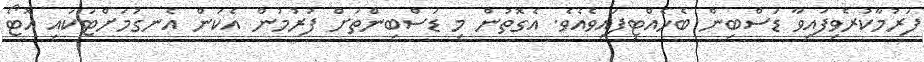
ފަރުމާކުރެވިފައިވާ ޑަސްބިން ބެހެއްޓިފައިވެއެވެ. އެގޮތުން މި ޑަސްބިންތަށް ފުރުމުން އެކަން އެނގުމަށްޓަކައި އޮޓޯ